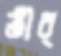
তীর্